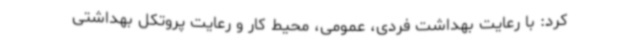
کرد: با رعایت بهداشت فردی، عمومی، محیط کار و رعایت پروتکل بهداشتی